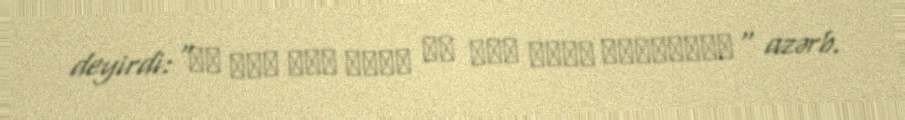
deyirdi:"لا فتی الا علیّ لا سیف الاّ ذوالفقار" azərb.